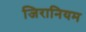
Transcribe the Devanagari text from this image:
जिरानियम